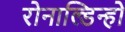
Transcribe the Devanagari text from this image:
रोनाल्डिन्हो